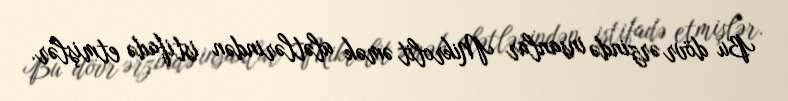
Bu dövr ərzində insanlar Mikrolit əmək alətlərindən istifadə etmişlər.